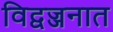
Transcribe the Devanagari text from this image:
विद्वज्जनात